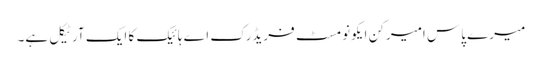
میرے پاس امیرکن ایکونومسٹ فریڈرک اے ہائیک کا ایک آرٹیکل ہے۔